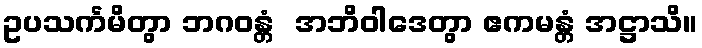
ဥပသင်္ကမိတွာ ဘဂဝန္တံ  အဘိဝါဒေတွာ ဧကမန္တံ အဋ္ဌာသိ။